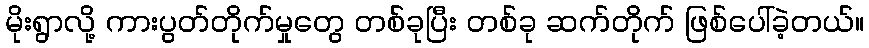
မိုးရွာလို့ ကားပွတ်တိုက်မှုတွေ တစ်ခုပြီး တစ်ခု ဆက်တိုက် ဖြစ်ပေါ်ခဲ့တယ်။